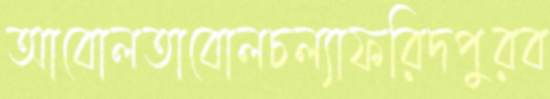
আবোলতাবোলচল্যাফরিদপুরব